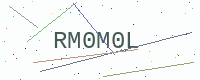
Text: RM0M0L